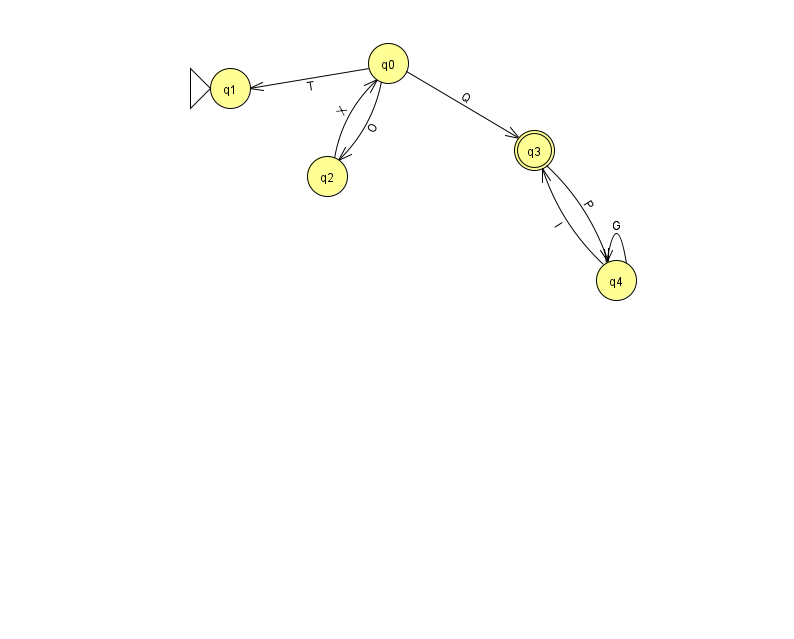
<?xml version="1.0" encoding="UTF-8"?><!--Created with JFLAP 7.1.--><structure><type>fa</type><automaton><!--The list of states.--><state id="0" name="q0"><x>388.0</x><y>50.0</y></state><state id="1" name="q1"><x>230.0</x><y>75.0</y><initial/></state><state id="2" name="q2"><x>327.0</x><y>163.0</y></state><state id="3" name="q3"><x>534.0</x><y>137.0</y><final/></state><state id="4" name="q4"><x>616.0</x><y>267.0</y></state><!--The list of transitions.--><transition><from>3</from><to>4</to><read>P</read></transition><transition><from>0</from><to>1</to><read>T</read></transition><transition><from>0</from><to>3</to><read>Q</read></transition><transition><from>4</from><to>4</to><read>G</read></transition><transition><from>0</from><to>2</to><read>O</read></transition><transition><from>4</from><to>3</to><read>l</read></transition><transition><from>2</from><to>0</to><read>X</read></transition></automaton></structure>